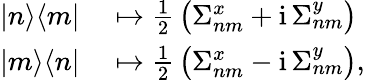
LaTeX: \begin{array}{rl}{|n\rangle\langle m|}&{{}\mapsto{\frac{1}{2}}\left(\Sigma_{nm}^{x}+\mathrm{i}\, \Sigma_{nm}^{y}\right)}\\ {|m\rangle\langle n|}&{{}\mapsto{\frac{1}{2}}\left(\Sigma_{nm}^{x}-\mathrm{i}\, \Sigma_{nm}^{y}\right),}\end{array}